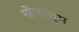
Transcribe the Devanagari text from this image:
गोंजाल्स